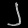
Digit: ၂